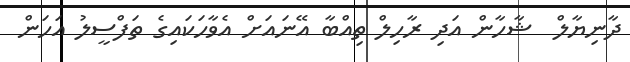
ދާނިޔާލް  ޝާހާން އަދި ރާހިލް ތިއްބާ އޭނައަށް އެވާހަކައިގެ ތަފްސީލު އަހަން